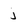
Character: j